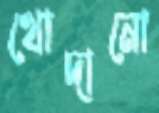
খোদানো